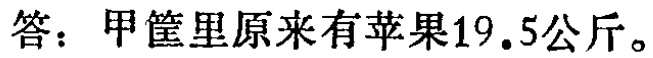
答：甲筐里原来有苹果\(19.5\)公斤。